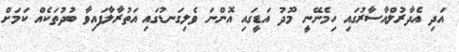
އަދި އެދާރުލްއާސާރުގައި ހިމެނޭނީ މޫދު އަޑީގައި އޮންނަ ވެލިގަނޑުގައި އަތުރާލާފައިވާ ބުދުތަކެއް ކަމަށް